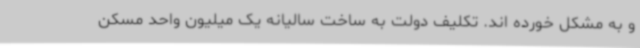
و به مشکل خورده اند. تکلیف دولت به ساخت سالیانه یک میلیون واحد مسکن